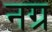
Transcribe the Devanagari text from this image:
नग्र